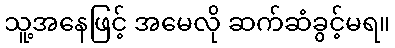
သူ့အနေဖြင့် အမေလို ဆက်ဆံခွင့်မရ။